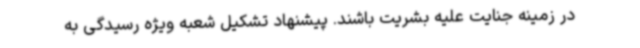
در زمینه جنایت علیه بشریت باشند. پیشنهاد تشکیل شعبه ویژه رسیدگی به